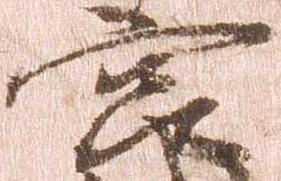
宮